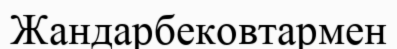
Жандарбековтармен